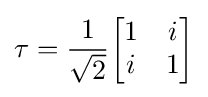
\tau ={\frac {1}{\sqrt {2}}}{\begin{bmatrix}1&i\\i&1\end{bmatrix}}